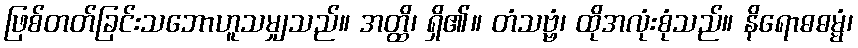
ဖြစ်တတ်ခြင်းသဘောဟူသမျှသည်။ အတ္ထိ၊ ရှိ၏။ တံသဗ္ဗံ၊ ထိုအလုံးစုံသည်။ နိရောဓဓမ္မံ၊